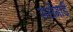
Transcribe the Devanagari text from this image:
सर्सगार्ड